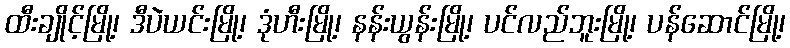
ထီးချိုင့်မြို့၊ ဒီပဲယင်းမြို့၊ ဒုံဟီးမြို့၊ နန်းယွန်းမြို့၊ ပင်လည်ဘူးမြို့၊ ပန်ဆောင်မြို့၊